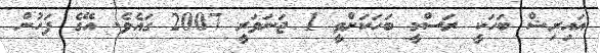
އައިރިޝް ބަހަކީ ރަސްމީ ބަހަކަށްވީ 1 ޖަނަވަރީ 2007 ގައެވެ. އޭގެ ފަހުން